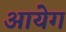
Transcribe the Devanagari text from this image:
आयेग